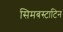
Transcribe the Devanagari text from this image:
सिमबस्टाटिन